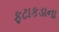
ફટાકડાના